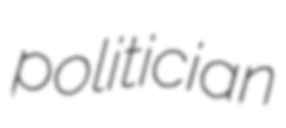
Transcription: politician